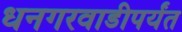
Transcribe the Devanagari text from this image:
धनगरवाडीपर्यंत